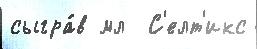
сыгра́в мл  С'елт'икс